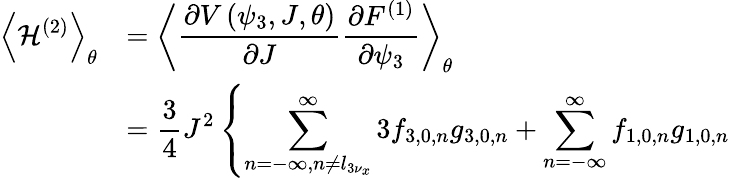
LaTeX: \begin{array}{cl}{\displaystyle\left<{\mathcal{H}^{\left(2\right)}}\right>_{\theta}}&{=\displaystyle\left<{\frac{\partial V\left(\psi_{3},J,\theta\right)}{\partial J}\frac{\partial F^{(1)}}{\partial\psi_{3}}}\right>_{\theta}}\\ {\displaystyle}&{=\displaystyle\frac{3}{4}{J}^{2}\left\{ \sum_{n=-\infty,n\neq l_{3\nu_{x}}}^{\infty}{3f_{3,0,n}g_{3,0,n}}+\sum_{n=-\infty}^{\infty}{f_{1,0,n}g_{1,0,n}}\right.}\end{array}